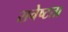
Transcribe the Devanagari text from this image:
सचेष्टता